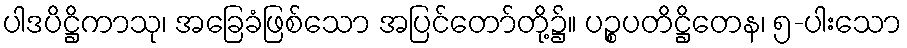
ပါဒပိဋ္ဌိကာသု၊ အခြေခံဖြစ်သော အပြင်တော်တို့၌။ ပဉ္စပတိဋ္ဌိတေန၊ ၅-ပါးသော